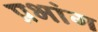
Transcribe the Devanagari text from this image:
प्रभांग